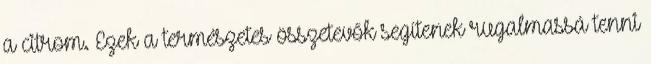
a citrom. Ezek a természetes összetevők segítenek rugalmassá tenni